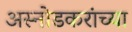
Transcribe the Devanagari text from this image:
अस्नोडकरांच्या